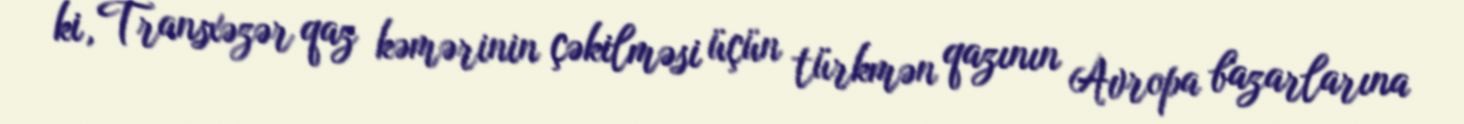
ki, Transxəzər qaz kəmərinin çəkilməsi üçün türkmən qazının Avropa bazarlarına